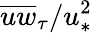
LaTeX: \overline{{uw}}_{\tau}/u_{\ast}^{2}